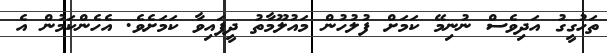
ތަހުގީގު އަދިވެސް ނުނިމޭ ކަަމަށް ފުލުހުން މައުލޫމާތު ދީފައިވާ ކަމަށެވެ. އެހެންކަމުން އެ